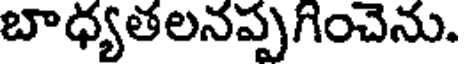
బాధ్యతలనప్పగించెను.